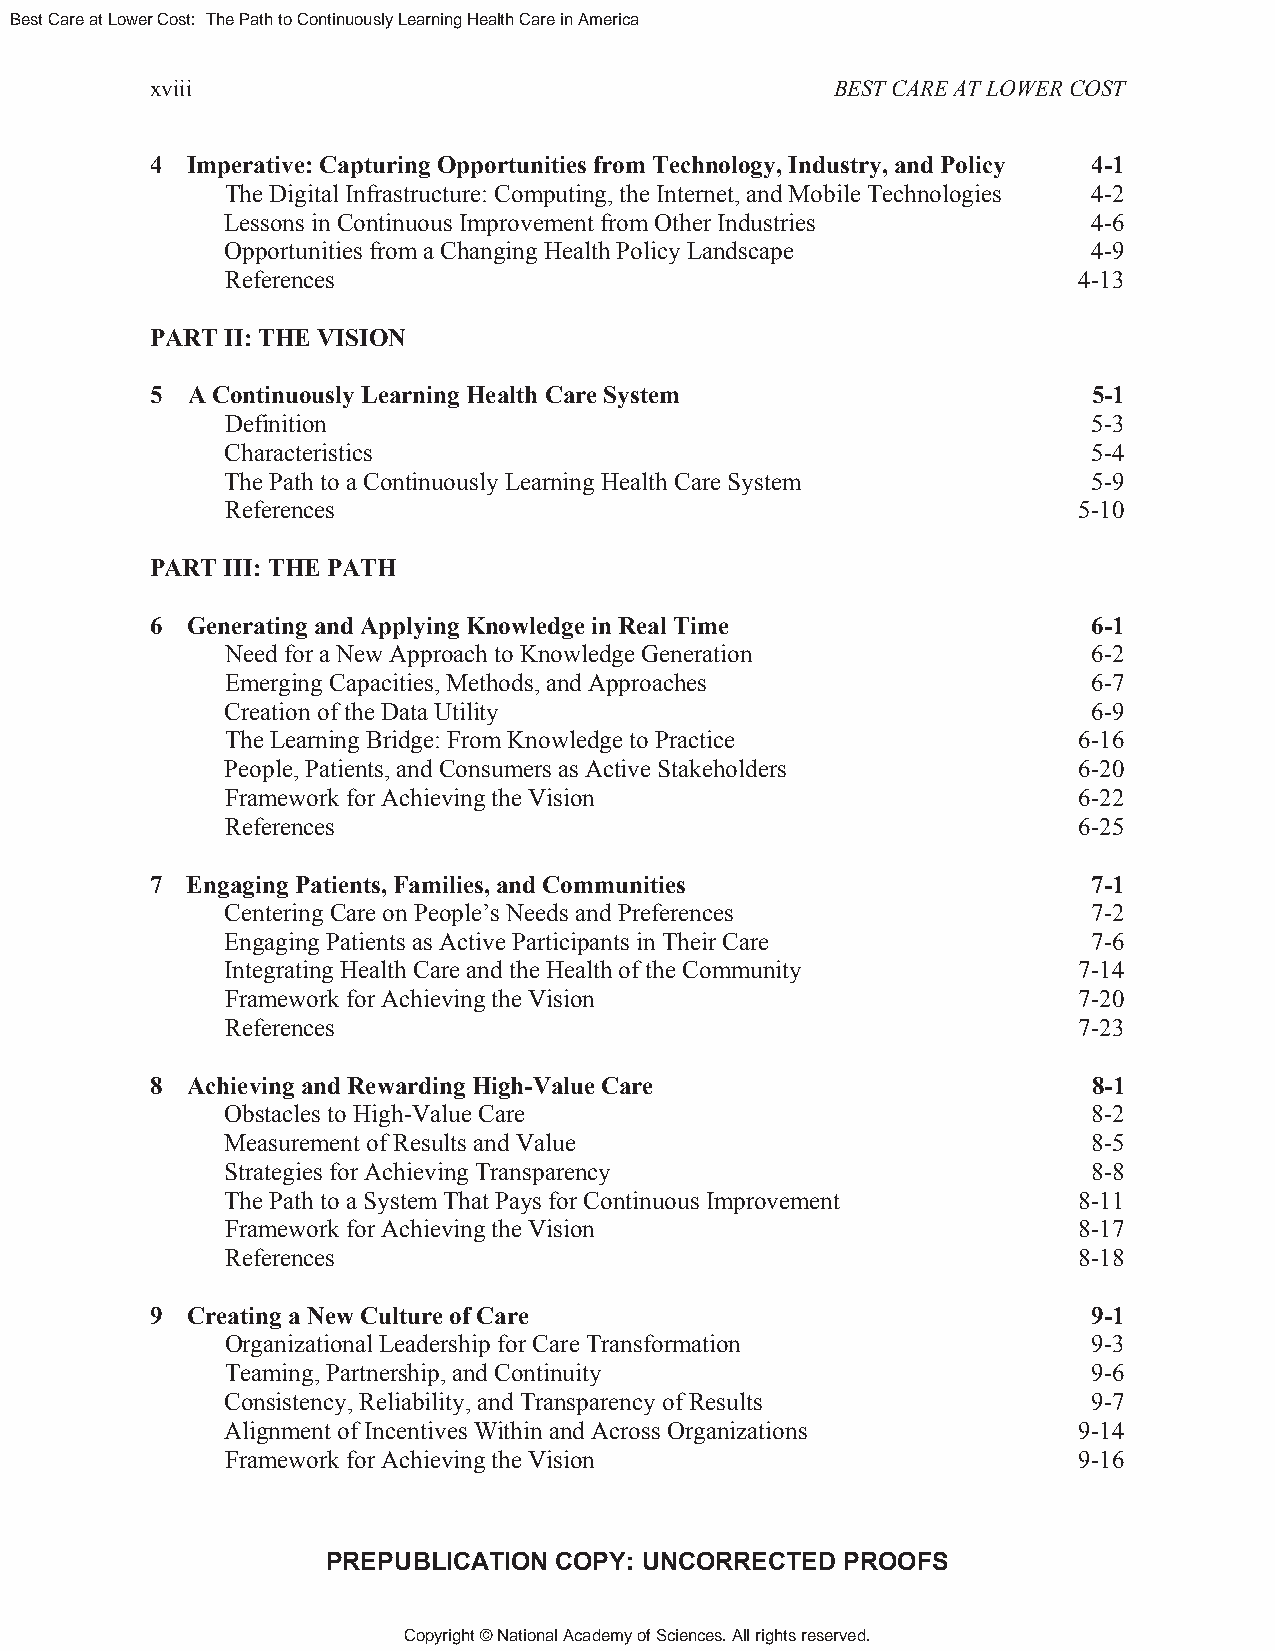
Best Care at Lower Cost: The Path to Continuously Learning Health Care in America
 xviii                                        BEST CARE AT LOWER COST
 4 Imperative: Capturing Opportunities from Technology, Industry, and Policy 4-1
 The Digital Infrastructure: Computing, the Internet, and Mobile Technologies 4-2
 Lessons in Continuous Improvement from Other Industries  4-6
 Opportunities from a Changing Health Policy Landscape    4-9
 References                                              4-13
 PART II: THE VISION
 5 A Continuously Learning Health Care System                  5-1
 Definition                                               5-3
 Characteristics                                          5-4
 The Path to a Continuously Learning Health Care System   5-9
 References                                              5-10
 PART III: THE PATH
 6 Generating and Applying Knowledge in Real Time              6-1
 Need for a New Approach to Knowledge Generation          6-2
 Emerging Capacities, Methods, and Approaches             6-7
 Creation of the Data Utility                             6-9
 The Learning Bridge: From Knowledge to Practice         6-16
 People, Patients, and Consumers as Active Stakeholders  6-20
 Framework for Achieving the Vision                      6-22
 References                                              6-25
 7 Engaging Patients, Families, and Communities                7-1
 Centering Care on People’s Needs and Preferences         7-2
 Engaging Patients as Active Participants in Their Care   7-6
 Integrating Health Care and the Health of the Community 7-14
 Framework for Achieving the Vision                      7-20
 References                                              7-23
 8 Achieving and Rewarding High-Value Care                     8-1
 Obstacles to High-Value Care                             8-2
 Measurement of Results and Value                         8-5
 Strategies for Achieving Transparency                    8-8
 The Path to a System That Pays for Continuous Improvement 8-11
 Framework for Achieving the Vision                      8-17
 References                                              8-18
 9 Creating a New Culture of Care                              9-1
 Organizational Leadership for Care Transformation        9-3
 Teaming, Partnership, and Continuity                     9-6
 Consistency, Reliability, and Transparency of Results    9-7
 Alignment of Incentives Within and Across Organizations 9-14
 Framework for Achieving the Vision                      9-16
 PREPUBLICATION COPY: UNCORRECTED  PROOFS
 Copyright © National Academy of Sciences. All rights reserved.